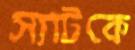
স্যাটকে